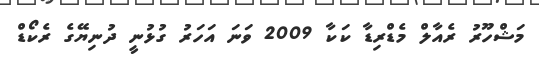
މަޝްހޫރު ރެއާލް މެޑްރިޑާ ކަކާ 2009 ވަނަ އަހަރު ގުޅުނީ ދުނިޔޭގެ ރެކޯޑް